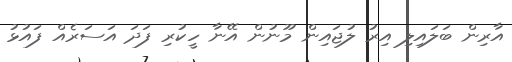
އާރިން ބަލައިލި އިރު ލުޖައިން މޫނުން އޭނާ ހީކުރި ފަދަ އަސަރެއް ފައުޅު